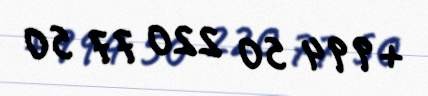
+994 50 220 77 50